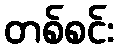
တစ်စင်း